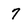
Character: 7